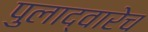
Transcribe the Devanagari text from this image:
पुलाद्वारेच